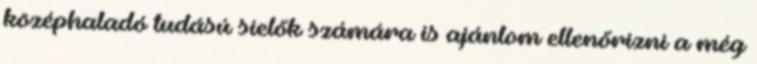
középhaladó tudású síelők számára is ajánlom ellenőrizni a még